Problem: 84 ÷ 7 = ?
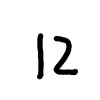
Handwritten answer: 12